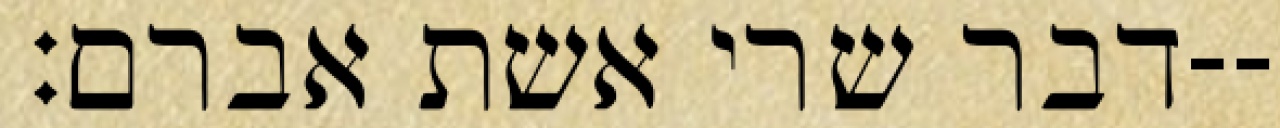
דבר שרי אשת אברם׃--